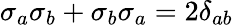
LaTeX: \sigma_{a}\sigma_{b}+\sigma_{b}\sigma_{a}=2\delta_{ab}